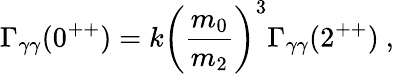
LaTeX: \Gamma_{\gamma\gamma}(0^{++})=k\left(\frac{m_{0}}{m_{2}}\right)^{3}\Gamma_{\gamma\gamma}(2^{++})\ ,